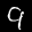
Label: 9